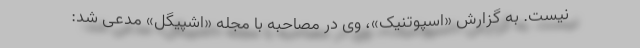
نیست. به گزارش «اسپوتنیک»، وی در مصاحبه با مجله «اشپیگل» مدعی شد: